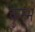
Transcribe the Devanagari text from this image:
कुम्भे